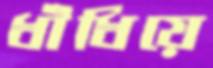
ধাঁধিয়ে